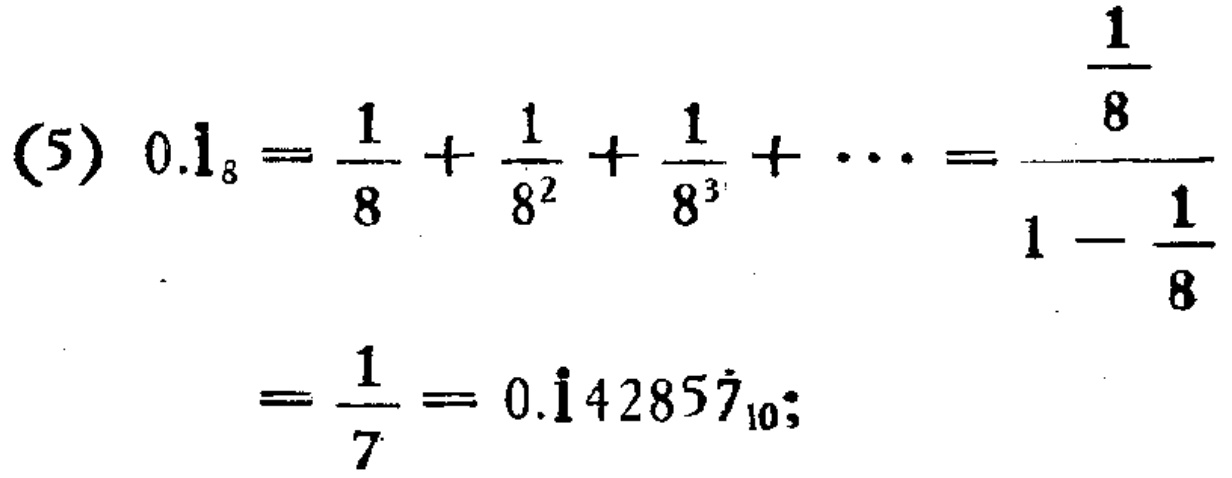
(5) \(0.\dot{1}_8=\frac{1}{8}+\frac{1}{8^2}+\frac{1}{8^3}+\cdots=\frac{\frac{1}{8}}{1 - \frac{1}{8}}=\frac{1}{7}=0.\dot{1}4285\dot{7}_{10}\)